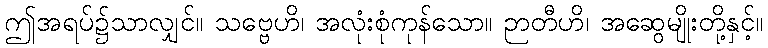
ဤအရပ်၌သာလျှင်။ သဗ္ဗေဟိ၊ အလုံးစုံကုန်သော။ ဉာတီဟိ၊ အဆွေမျိုးတို့နှင့်။